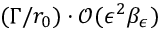
( \Gamma / r _ { 0 } ) \cdot \mathcal { O } ( \epsilon ^ { 2 } \beta _ { \epsilon } )